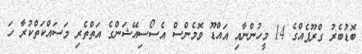
ބޮޑުބެރު ގްރޫޕެއްގެ 14 މީހުންނާއި އައްޑޫ ވޮމެންސް އެސޯސިއޭޝަންގެ އަތްތެރި މަސައްކަތްކުރާ ހަ